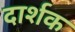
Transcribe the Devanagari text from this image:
दार्शक